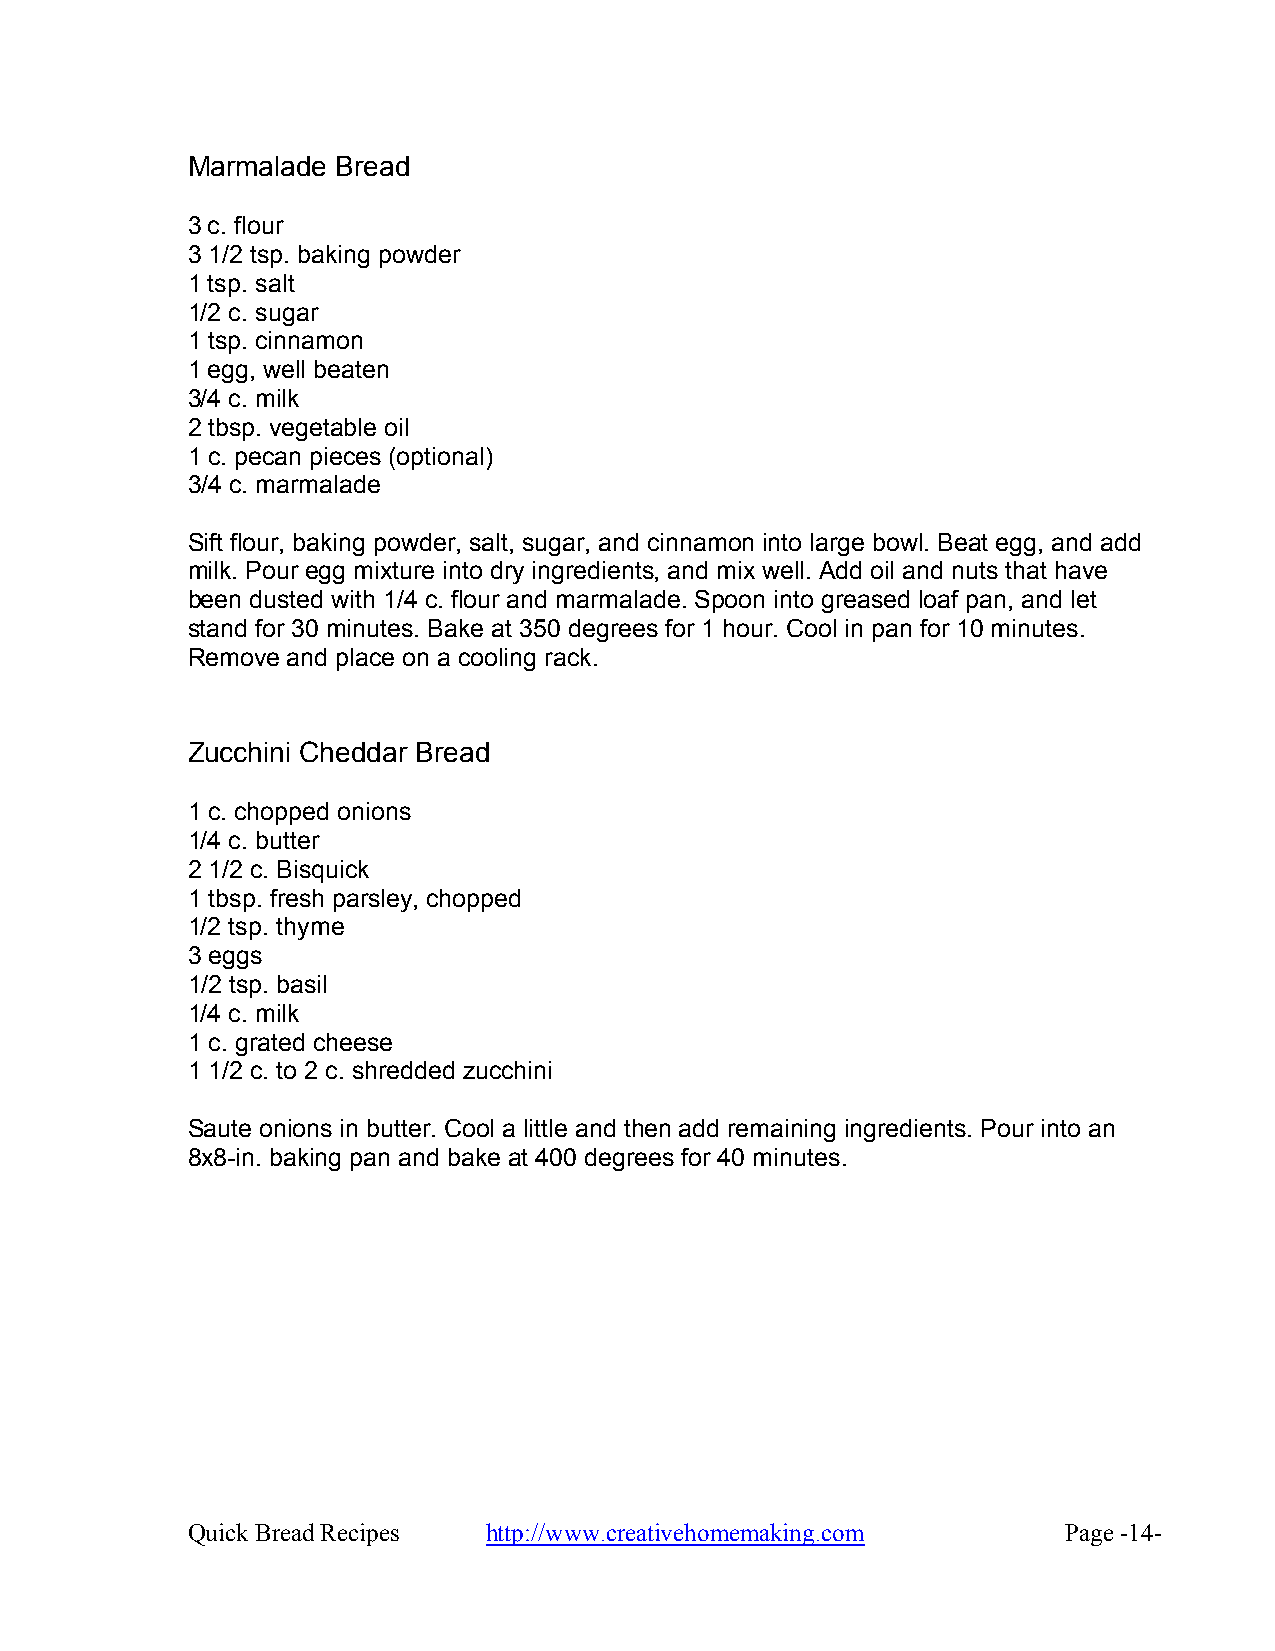
Marmalade Bread
 3 c. flour
 3 1/2 tsp. baking powder
 1 tsp. salt
 1/2 c. sugar
 1 tsp. cinnamon
 1 egg, well beaten
 3/4 c. milk
 2 tbsp. vegetable oil
 1 c. pecan pieces (optional)
 3/4 c. marmalade
 Sift flour, baking powder, salt, sugar, and cinnamon into large bowl. Beat egg, and add
 milk. Pour egg mixture into dry ingredients, and mix well. Add oil and nuts that have
 been dusted with 1/4 c. flour and marmalade. Spoon into greased loaf pan, and let
 stand for 30 minutes. Bake at 350 degrees for 1 hour. Cool in pan for 10 minutes.
 Remove and place on a cooling rack.
 Zucchini Cheddar Bread
 1 c. chopped onions
 1/4 c. butter
 2 1/2 c. Bisquick
 1 tbsp. fresh parsley, chopped
 1/2 tsp. thyme
 3 eggs
 1/2 tsp. basil
 1/4 c. milk
 1 c. grated cheese
 1 1/2 c. to 2 c. shredded zucchini
 Saute onions in butter. Cool a little and then add remaining ingredients. Pour into an
 8x8-in. baking pan and bake at 400 degrees for 40 minutes.
 Quick Bread Recipes http://www.creativehomemaking.com      Page -14-